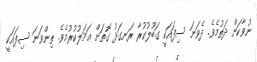
ނުވާކަން ދަތުމެވެ. ދެވަނަ ސިފައަކީ ގަބޫލުކުރާ ރަނގަޅު ގޮތަށް ޢަމަލުކުރުމެވެ. ތިންވަނަ ސިފައަކީ